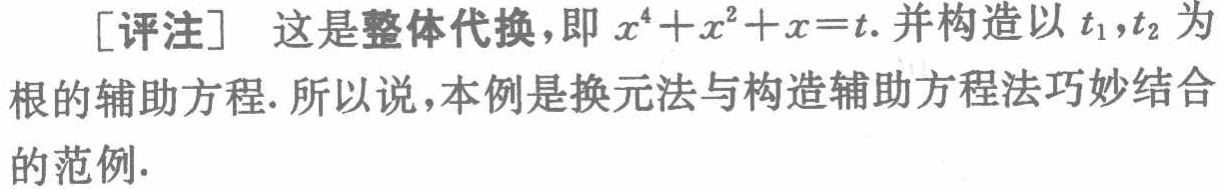
[评注] 这是整体代换，即 \(x^{4}+x^{2}+x = t\). 并构造以 \(t_{1},t_{2}\) 为根的辅助方程. 所以说，本例是换元法与构造辅助方程法巧妙结合的范例.